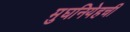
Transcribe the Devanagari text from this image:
मुघनियेहची